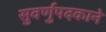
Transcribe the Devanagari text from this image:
सुवर्णुपदकाने